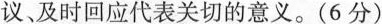
议、及时回应代表关切的意义。(6分)